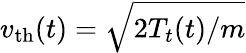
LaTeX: v_{\mathrm{th}}(t)=\sqrt{{2T_{t}(t)}/{m}}